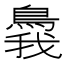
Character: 䳗